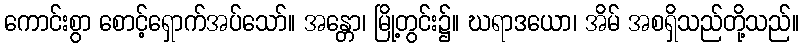
ကောင်းစွာ စောင့်ရှောက်အပ်သော်။ အန္တော၊ မြို့တွင်း၌။ ဃရာဒယော၊ အိမ် အစရှိသည်တို့သည်။